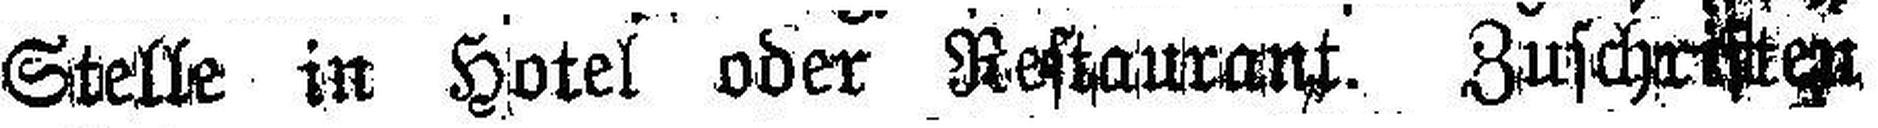
Stelle in Hotel oder Restaurant. Zuschriften